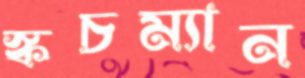
স্কচম্যান